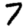
Digit: 7